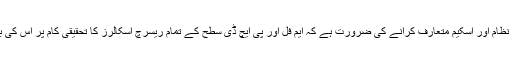
ایچ ای سی کو ایسا نظام اور اسکیم متعارف کرانے کی ضرورت ہے کہ ایم فل اور پی ایچ ڈی سطح کے تمام ریسرچ اسکالرز کا تحقیقی کام پر اُس کی براہ راست نظر ہو۔